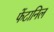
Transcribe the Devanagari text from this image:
फेंटानिल